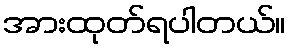
အားထုတ်ရပါတယ်။